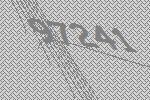
97241